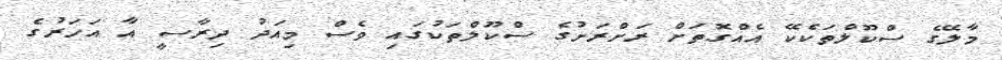
މާލޭގެ ސްކޫލްތަކެކޭ އެއްގޮތަށް ރަށްރަށުގެ ސްކޫލްތަކުގައި ވެސް މިއަދު ދިރާސީ އާ އަހަރުގެ